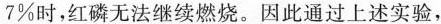
7%时，红磷无法继续燃烧，因此通过上述实验，